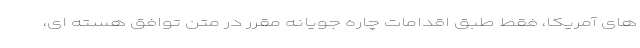
های آمریکا، فقط طبق اقدامات چاره جویانه مقرر در متن توافق هسته ای،